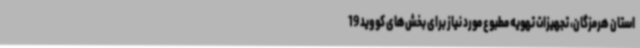
استان هرمزگان، تجهیزات تهویه مطبوع مورد نیاز برای بخش‌های کووید 19